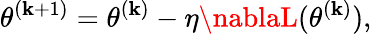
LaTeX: \theta^{(\mathbf{k}+1)}=\theta^{(\mathbf{k})}-\eta\nablaL(\theta^{(\mathbf{k})}),